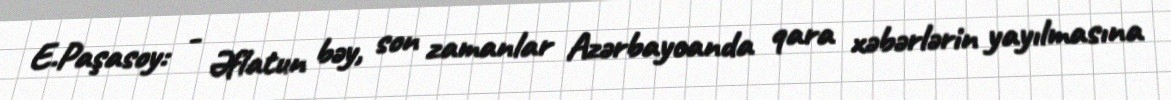
E.Paşasoy: - Əflatun bəy, son zamanlar Azərbaycanda qara xəbərlərin yayılmasına